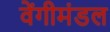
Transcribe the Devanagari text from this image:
वेंगीमंडल